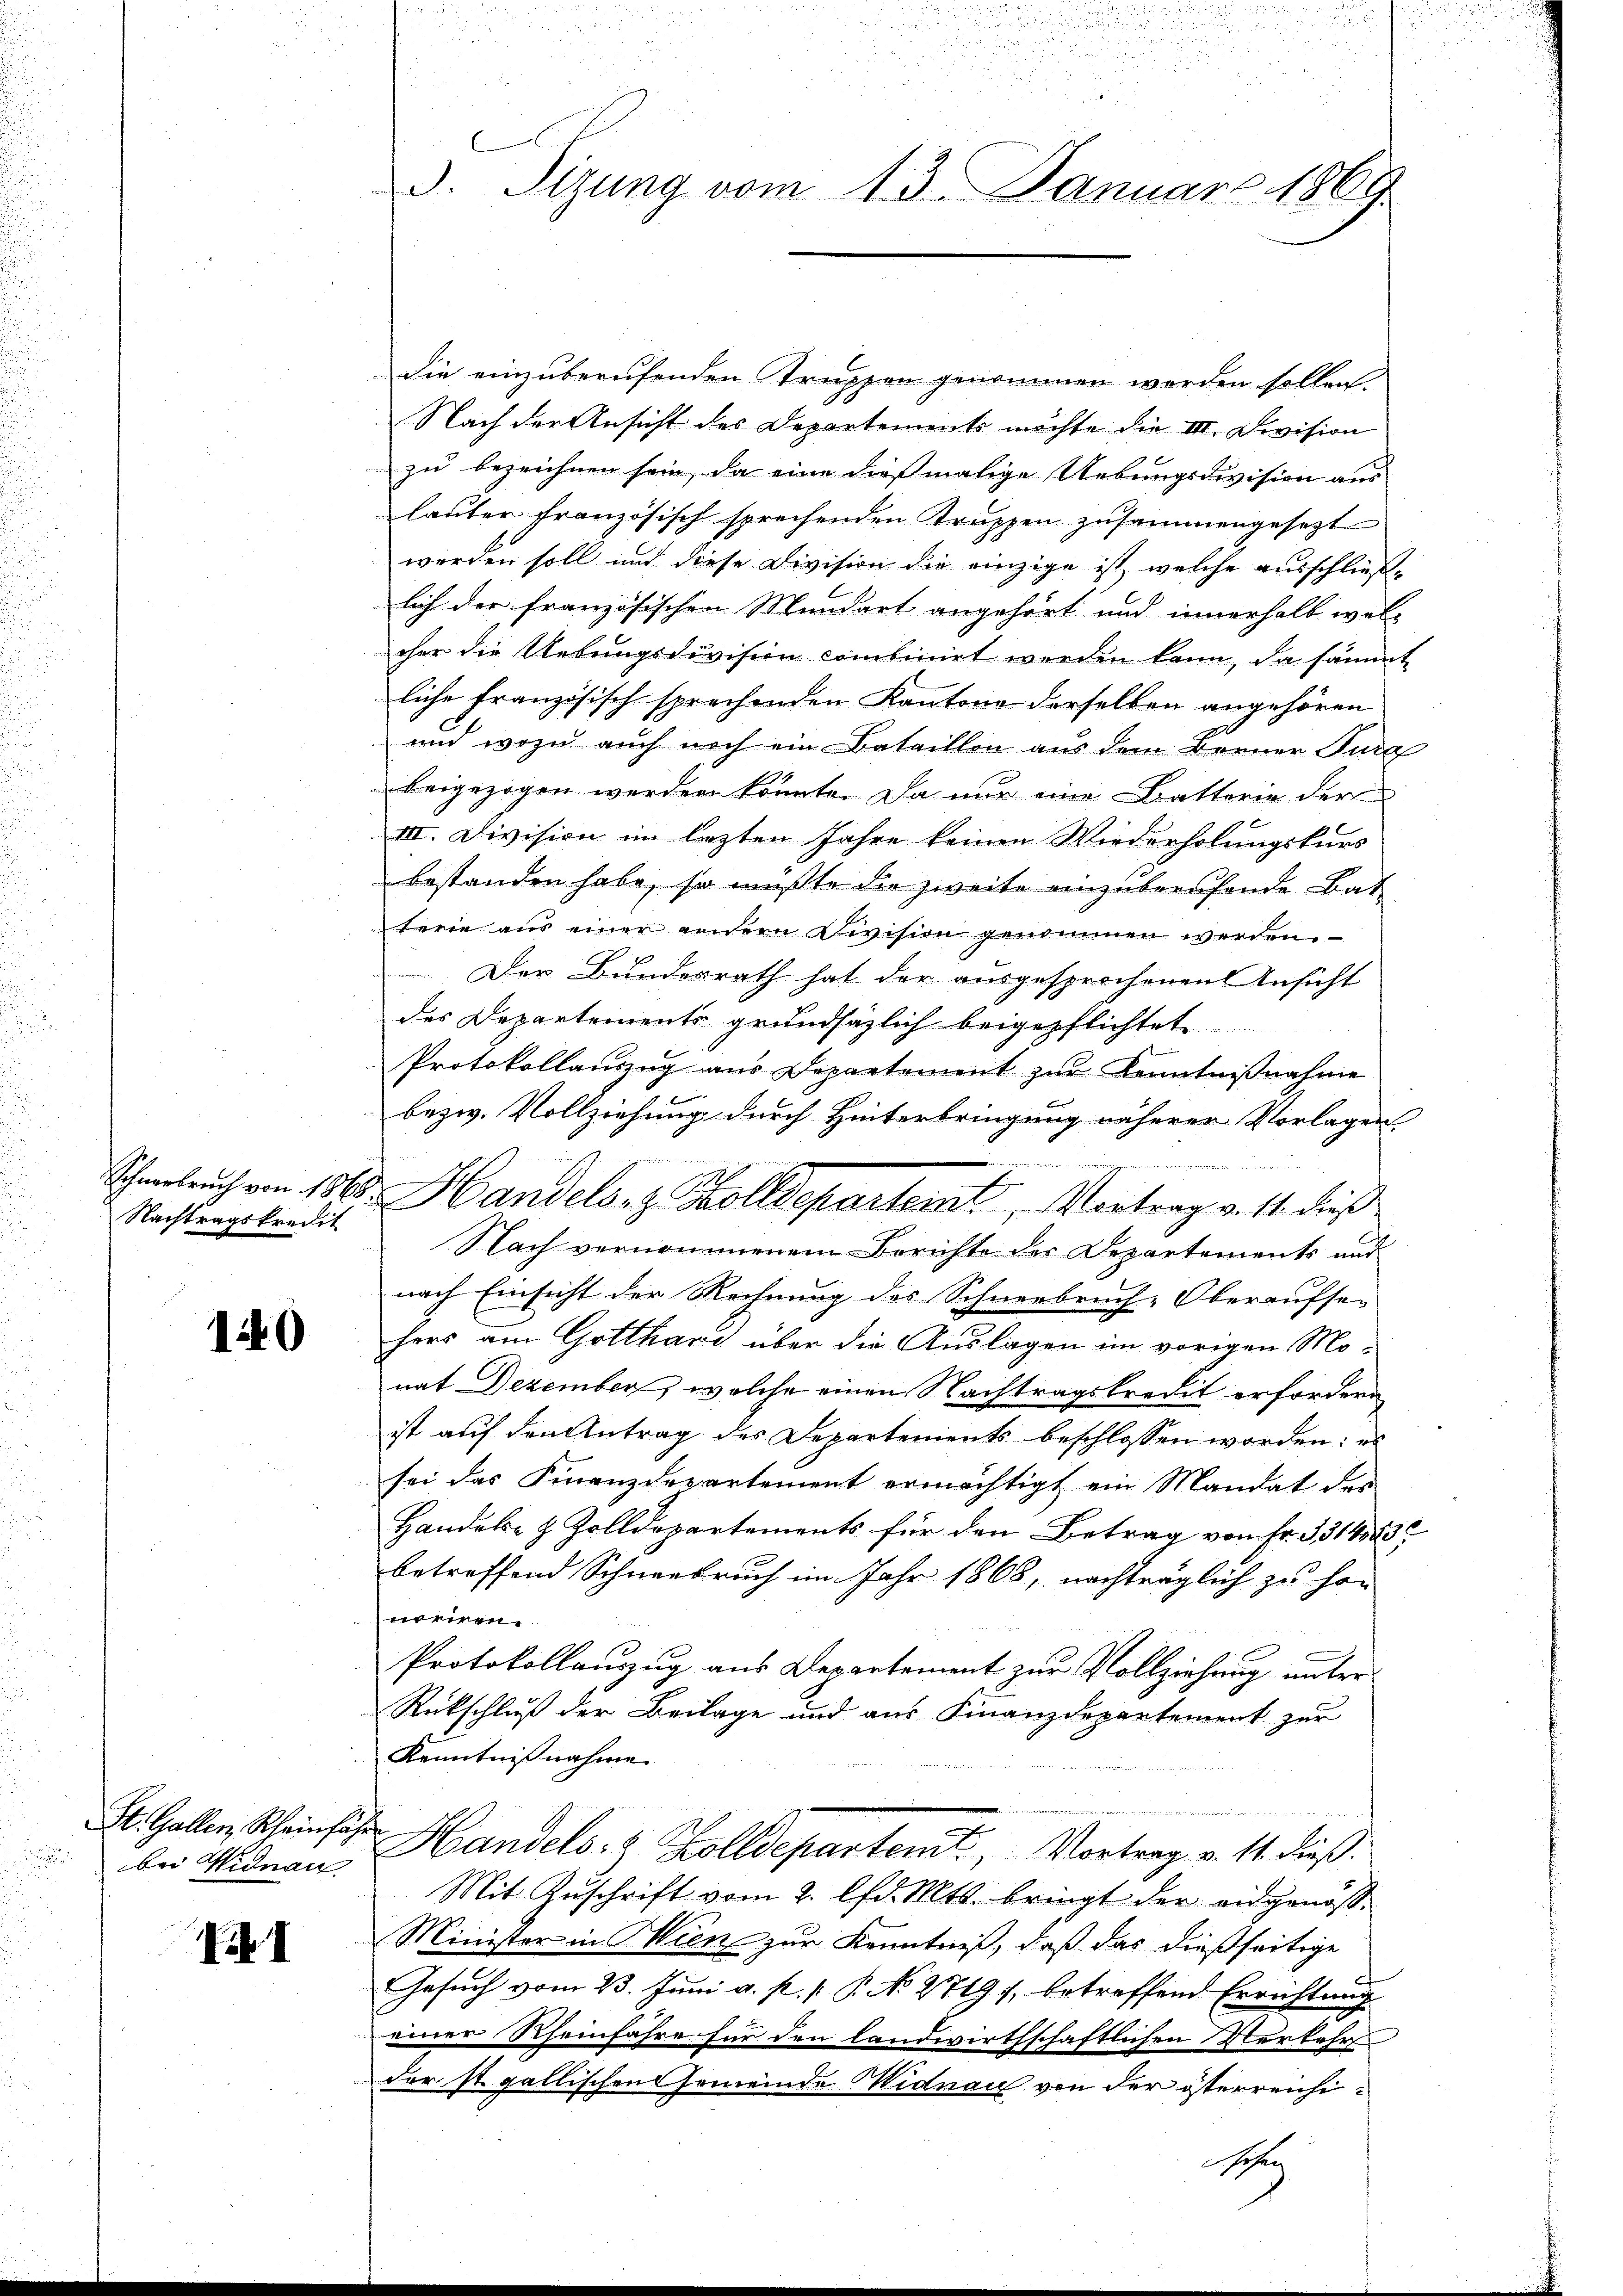
Sohnerbruch von 188
Nachtragskredit

140

St. Gallen, Rheinfäh
bei Widman

Pih

3. Sizung vom 13. Januar 1869

die einzuberufenden Truppen genommen werden sollen.
Nach der Ansicht des Departements möchte die III. Division
zu bezeichnen sein, da eine diesmalige Uebungsdivision aus
lauter französisch sprechenden Truppen zusammengesezt
werden soll und diese Division die einzige ist, welche ausschließlich der französischen Mundart angehört und innerhalb wel-
cher die Uebungsdivision combinirt werden kann, da sämmt
liche Französisch sprechenden Kantone derselben angehören
und wozu auch noch ein Bataillon aus dem Berner Jura
beigezogen werden könnte. Da nur eine Batterie der
III. Division im lezten Jahre keinen Wiederholungskurs
bestanden habe, so mußte die zweite einzuberufende Bat
terie aus einer andern Division genommen werden.
Der Bundesrath hat der ausgesprochenen Ansicht
des Departements grundsazlich beigepflichtet
Protokollauszug aus Departement zŭr Kenntniβnahme
bezw. Vollziehung durch Hinterbringung näherer Vorlagen
Nach vernommenem Berichte der Departements und
nach Einsicht der Rechnung des Schneebruch-Oberaussen
hers am Gotthari über die Auslagen im vorigen Monat Dezember, welche einen Nachtragskredit erfordern
ist auf den Antrag des Departements beschlossen worden: es
sei das Finanzdepartement ermächtigt ein Mandat des
Handels- & Zolldepartements für den Betrag von Fr. 331458
betreffend Schneebruch im Jahr 1868, nachträglich zu hon
niren
Protokollauszug aus Departement zur Vollziehung unter
Rückschluß der Beilage und aus Finanzdepartement zur
Kenntnisnahme
Handels- & Zolldepartemt, Vortrag v. 11. dieß.
Mit Zuschrift vom 2. lfd. Mts. bringt der eidgenös¬
Minister in Wien zur Kenntniß, daß das dießseitige
Gesuch vom 23. Juni a. p. p. P. No. 2719 f. betreffend Errichtung
einer Rheinfahre für den landwirthschaftlichen Verkehr
der st. gallischen Gemeinde Midnau von der österreichi¬
Sehen

u Handels- & Zolldepartemt, Vortrag v. 11. dieß